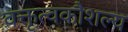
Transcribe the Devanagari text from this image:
वक्तृत्वकौशल्य